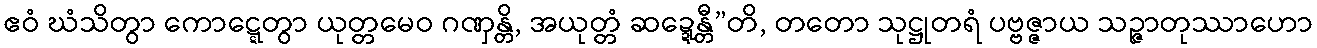
ဧဝံ ဃံသိတွာ ကောဋ္ဋေတွာ ယုတ္တမေဝ ဂဏှန္တိ, အယုတ္တံ ဆဍ္ဍေန္တီ”တိ, တတော သုဋ္ဌုတရံ ပဗ္ဗဇ္ဇာယ သဉ္ဇာတုဿာဟော